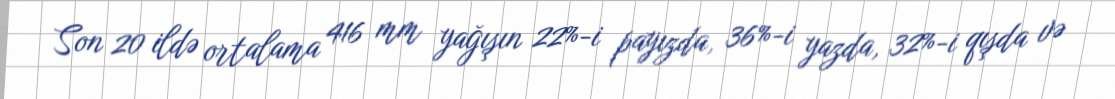
Son 20 ildə ortalama 416 mm yağışın 22%-i payızda, 36%-i yazda, 32%-i qışda və